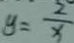
y = \frac { 2 } { x }